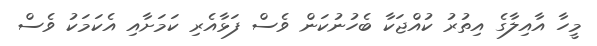
މީހާ އާއިލާގެ އިތުރު ކުއްޖަކާ ބެހުނުކަން ވެސް ފަޅާއެރި ކަމަށާއި އެކަމަކު ވެސް